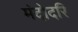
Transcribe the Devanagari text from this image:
मंदोदरि